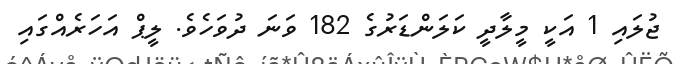
ޖުލައި 1 އަކީ މީލާދީ ކަލަންޑަރުގެ 182 ވަނަ ދުވަހެވެ. ލީޕް އަހަރެއްގައި